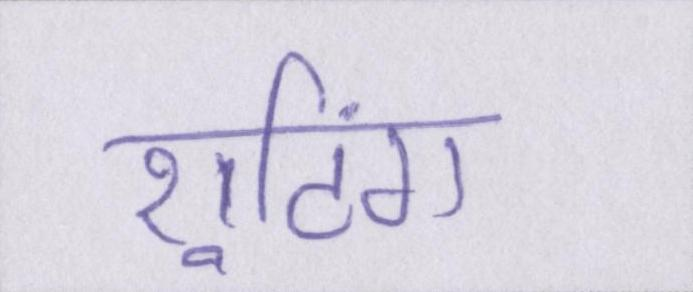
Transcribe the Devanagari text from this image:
शूटिंग